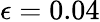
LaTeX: \epsilon=0.04